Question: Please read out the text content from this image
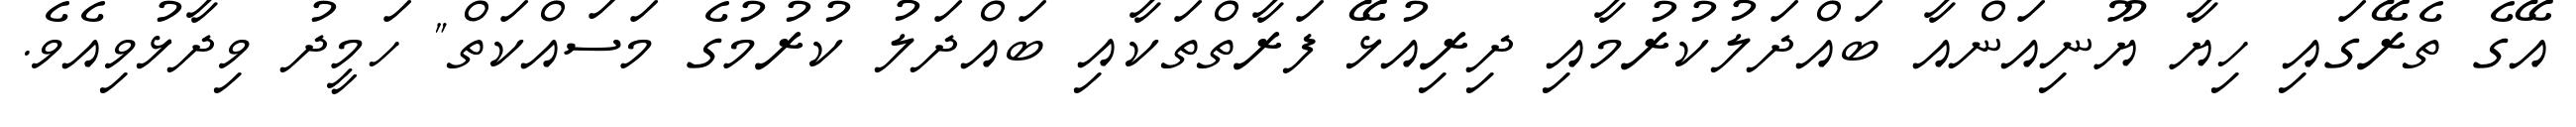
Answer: އޭގެ ތެރޭގައި ހިޔާ ޔޫނިއަންއާ ބައްދަލުކުރުމާއި ދިރިއުޅޭ ފަރާތްތަކާއި ބައްދަލު ކުރުމުގެ މަސައްކަތް" ހަމީދު ވިދާޅުވިއެވެ.